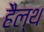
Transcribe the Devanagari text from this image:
हैल्‍थ